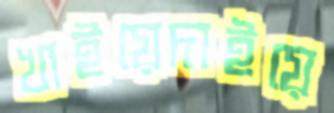
খাইয়েদাইয়ে